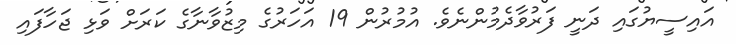
އައިސީޔުގައި ދަނީ ފަރުވާދެމުންނެވެ. އުމުރުން 19 އަހަރުގެ މިޒުވާނާގެ ކަރަށް ވަޅި ޖަހާފައި